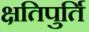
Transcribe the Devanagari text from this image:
क्षतिपुर्ति